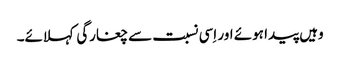
وہیں پیدا ہوئے اور اِسی نسبت سے چغارگی کہلائے۔